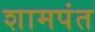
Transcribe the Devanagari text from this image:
शामपंत